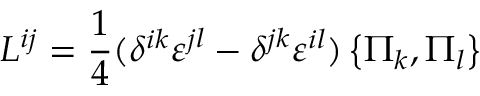
L ^ { i j } = { \frac { 1 } { 4 } } ( \delta ^ { i k } { \varepsilon } ^ { j l } - \delta ^ { j k } { \varepsilon } ^ { i l } ) \left\{ \Pi _ { k } , \Pi _ { l } \right\}